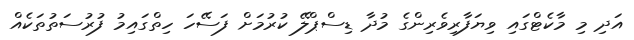
އަދި މި މާކެޓްގައި ވިޔަފާރިވެރިންގެ މުދާ ޑިސްޕްލޭ ކުރުމަށް ފަސޭހަ ހިތްގައިމު ފުރުސަތުތަކެއް